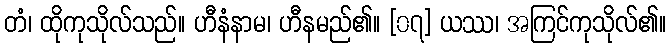
တံ၊ ထိုကုသိုလ်သည်။ ဟီနံနာမ၊ ဟီနမည်၏။ [၀၇] ယဿ၊ အကြင်ကုသိုလ်၏။